Vaccination in Bombay 1869-1873 - 1869-1873
Year: 1869
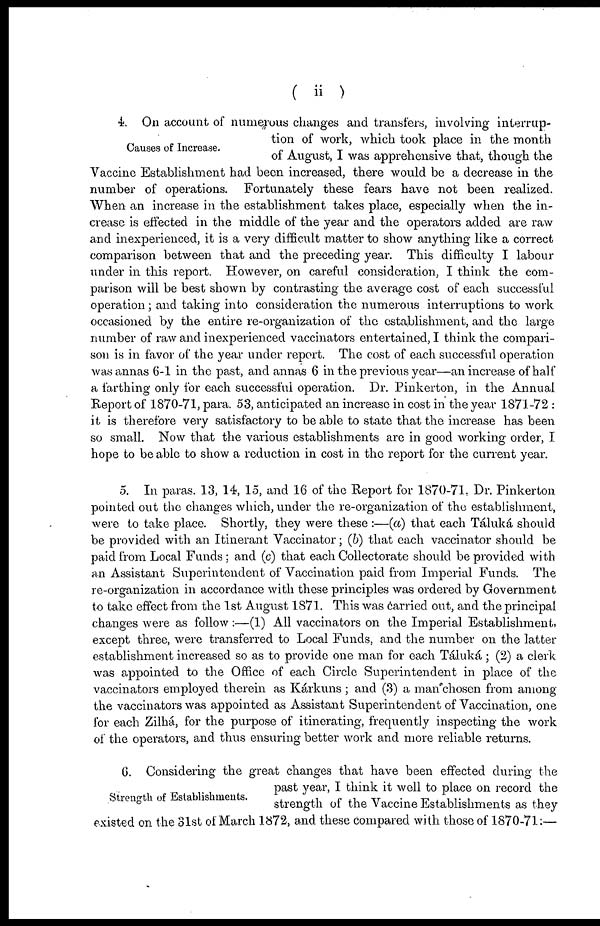
( ii )
Causes of Increase.
4. On account of numerous changes and transfers, involving interrup-
tion of work, which took place in the month
of August, I was apprehensive that, though the
Vaccine Establishment had been increased, there would be a decrease in the
number of operations. Fortunately these fears have not been realized.
When an increase in the establishment takes place, especially when the in-
crease is effected in the middle of the year and the operators added are raw
and inexperienced, it is a very difficult matter to show anything like a correct
comparison between that and the preceding year. This difficulty I labour
under in this report. However, on careful consideration, I think the com-
parison will be best shown by contrasting the average cost of each successful
operation; and taking into consideration the numerous interruptions to work
occasioned by the entire re-organization of the establishment, and the large
number of raw and inexperienced vaccinators entertained, I think the compari-
son is in favor of the year under report. The cost of each successful operation
was annas 6-1 in the past, and annas 6 in the previous year—an increase of half
a farthing only for each successful operation. Dr. Pinkerton, in the Annual
Report of 1870-71, para. 53, anticipated an increase in cost in the year 1871-72 :
it is therefore very satisfactory to be able to state that the increase has been
so small. Now that the various establishments are in good working order, I
hope to be able to show a reduction in cost in the report for the current year.
5. In paras. 13, 14, 15, and 16 of the Report for 1870-71, Dr. Pinkerton
pointed out the changes which, under the re-organization of the establishment,
were to take place. Shortly, they were these :—(a) that each Táluká should
be provided with an Itinerant Vaccinator; (b) that each vaccinator should be
paid from Local Funds; and (c) that each Collectorate should be provided with
an Assistant Superintendent of Vaccination paid from Imperial Funds. The
re-organization in accordance with these principles was ordered by Government
to take effect from the 1st August 1871. This was carried out, and the principal
changes were as follow:—(1) All vaccinators on the Imperial Establishment,
except three, were transferred to Local Funds, and the number on the latter
establishment increased so as to provide one man for each Táluká; (2) a clerk
was appointed to the Office of each Circle Superintendent in place of the
vaccinators employed therein as Kárkuns ; and (3) a man chosen from among
the vaccinators was appointed as Assistant Superintendent of Vaccination, one
for each Zilhá, for the purpose of itinerating, frequently inspecting the work
of the operators, and thus ensuring better work and more reliable returns.
Strength of Establishments.
6. Considering the great changes that have been effected during the
past year, I think it well to place on record the
strength of the Vaccine Establishments as they
existed on the 31st of March 1872, and these Compared with those of 1870-71:—